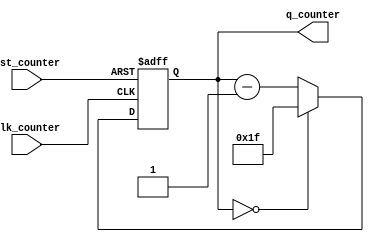
//-------------------------------------------------------
//  Functionality: An n-bit down counter 
//-------------------------------------------------------

`timescale 1ns / 1ps
`ifndef TESTBENCH
`define size 5
`endif

module param_down_counter (clk_counter, q_counter, rst_counter);

    input clk_counter;
    input rst_counter;
    output [`size-1:0] q_counter;
    reg [`size-1:0] q_counter ='b0;

    always @ (posedge clk_counter or posedge rst_counter)


    begin
        if(rst_counter)
		    q_counter <= ((2<<(`size-1))-1);
        else if (q_counter == 0)
            q_counter <= ((2<<(`size-1))-1);
	    else
		    q_counter <= q_counter - 1;
    end

endmodule